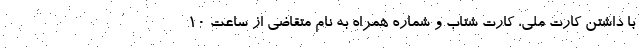
با داشتن کارت ملی، کارت شتاب و شماره همراه به نام متقاضی از ساعت ۱۰